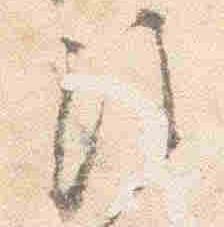
注